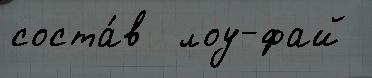
соста́в  лоу-фай